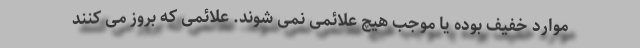
موارد خفیف بوده یا موجب هیچ علائمی نمی شوند. علائمی که بروز می کنند